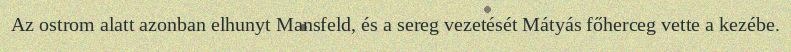
Az ostrom alatt azonban elhunyt Mansfeld, és a sereg vezetését Mátyás főherceg vette a kezébe.